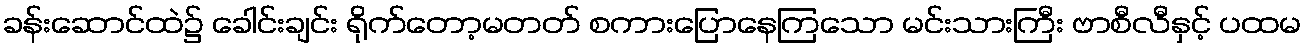
ခန်းဆောင်ထဲ၌ ခေါင်းချင်း ရိုက်တော့မတတ် စကားပြောနေကြသော မင်းသားကြီး ဗာစီလီနှင့် ပထမ